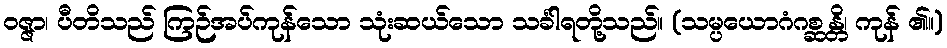
ဝဇ္ဇာ၊ ပီတိသည် ကြဉ်အပ်ကုန်သော သုံးဆယ်သော သင်္ခါရတို့သည်။ (သမ္ပယောဂံဂစ္ဆန္တိ၊ ကုန် ၏။)